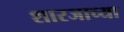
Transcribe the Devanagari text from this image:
शारजाच्या